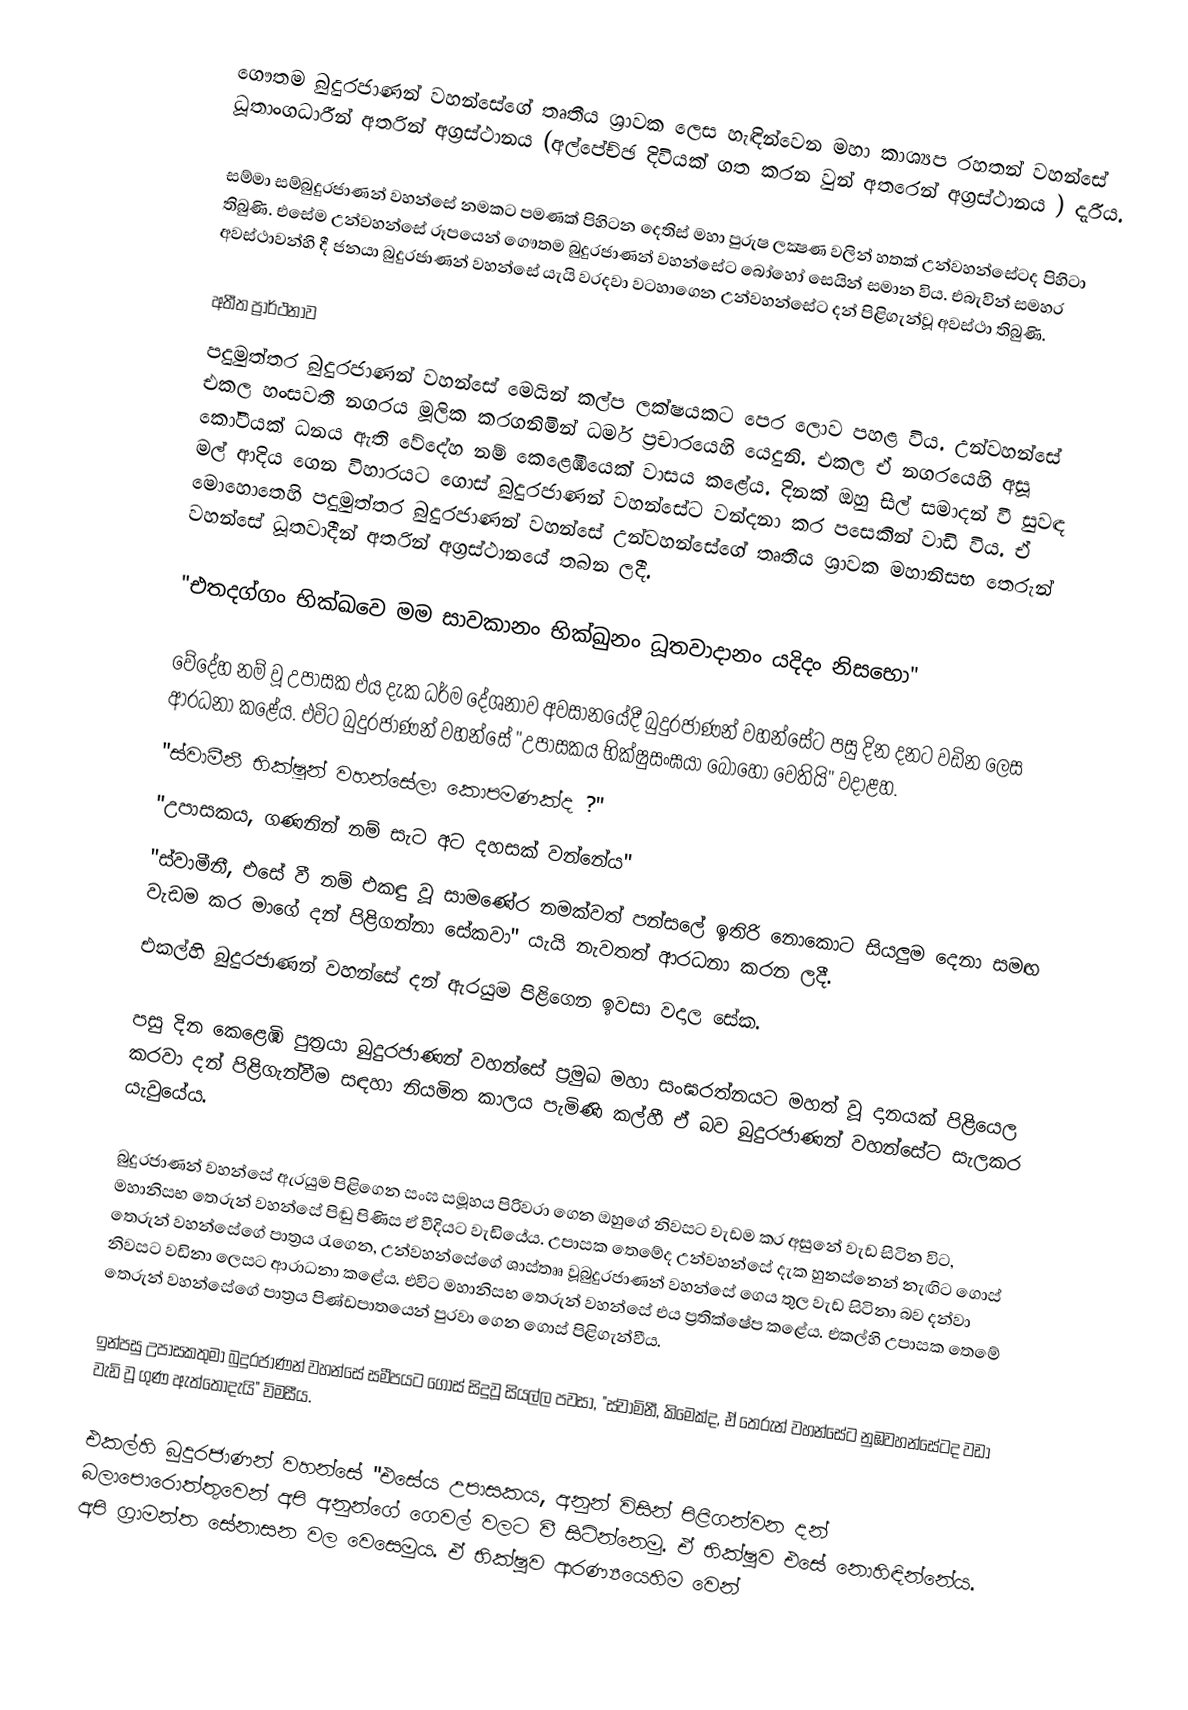
ගෞතම බුදුරජාණන් වහන්සේගේ තෘතීය ශ්‍රාවක ලෙස හැඳින්වෙන මහා කාශ්‍යප රහතන් වහන්සේ ධූතාංගධාරීන් අතරින් අග්‍රස්ථානය (අල්පේච්ඡ දිවියක් ගත කරන වුන් අතරෙන් අග්‍රස්ථානය ) දැරීය.

සම්මා සම්බුදුරජාණන් වහන්සේ නමකට පමණක් පිහිටන දෙතිස් මහා පුරුෂ ලක්‍ෂණ වලින් හතක් උන්වහන්සේටද පිහිටා තිබුණි. එසේම උන්වහන්සේ රූපයෙන් ගෞතම බුදුරජාණන් වහන්සේට බෝහෝ සෙයින් සමාන විය. එබැවින් සමහර අවස්ථාවන්හි දී ජනයා බුදුරජාණන් වහන්සේ යැයි වරදවා වටහාගෙන උන්වහන්සේට දන් පිළිගැන්වූ අවස්ථා තිබුණි.

අතීත ප්‍රාර්ථනාව
පදුමුත්තර බුදුරජාණන් වහන්සේ මෙයින් කල්ප ලක්ෂයකට පෙර ලොව පහළ විය. උන්වහන්සේ එකල හංසවතී නගරය මූලික කරගනිමින් ධර්ම ප්‍රචාරයෙහි යෙදුනි. එකල ඒ නගරයෙහි අසූ කෝටීයක් ධනය ඇති වේදේහ නම් කෙළෙඹියෙක් වාසය කළේය. දිනක් ඔහු සිල් සමාදන් වී සුවඳ මල් ආදිය ගෙන විහාරයට ගොස් බුදුරජාණන් වහන්සේට වන්දනා කර පසෙකින් වාඩි විය. ඒ මොහොතෙහි පදුමුත්තර බුදුරජාණන් වහන්සේ උන්වහන්සේගේ තෘතීය ශ්‍රාවක මහානිසභ තෙරුන් වහන්සේ ධූතවාදීන් අතරින් අග්‍රස්ථානයේ තබන ලදී.

"එතදග්ගං භික්ඛවෙ මම සාවකානං භික්ඛුනං ධූතවාදානං යදිදං නිසභො"

වේදේහ නම් වූ උපාසක එය දැක  ධර්ම දේශනාව අවසානයේදී බුදුරජාණන් වහන්සේට පසු දින දනට වඩින ලෙස ආරධනා කළේය. එවිට බුදුරජාණන් වහන්සේ "උපාසකය භික්ෂුසංඝයා බොහෝ වෙතියි" වදාළහ.
"ස්වාමීනී භික්ෂූන් වහන්සේලා කොපමණක්ද ?"
"උපාසකය, ගණනින් නම් සැට අට දහසක් වන්නේය"
"ස්වාමීනී, එසේ වී නම් එකඳු වූ සාමණේර නමක්වත් පන්සලේ ඉතිරි නොකොට සියලුම දෙනා සමඟ වැඩම කර මාගේ දන් පිළිගන්නා සේකවා" යැයි නැවතත් ආරධනා කරන ලදී.
එකල්හි බුදුරජාණන් වහන්සේ දන් ඇරයුම පිළිගෙන ඉවසා වදාල සේක.

පසු දින කෙළෙඹි පුත්‍රයා බුදුරජාණන් වහන්සේ ප්‍රමුඛ මහා සංඝරත්නයට මහත් වූ දානයක් පිළියෙල කරවා දන් පිළිගැන්වීම  සඳහා නියමිත කාලය පැමිණි කල්හී ඒ බව බුදුරජාණන් වහන්සේට සැලකර යැවුයේය.

බුදුරජාණන් වහන්සේ ඇරයුම පිළිගෙන සංඝ සමූහය පිරිවරා ගෙන ඔහුගේ නිවසට වැඩම කර අසුනේ වැඩ සිටින විට, මහානිසභ තෙරුන් වහන්සේ පිඬු පිණිස ඒ වීදියට වැඩියේය. උපාසක තෙමේද උන්වහන්සේ දැක හුනස්නෙන් නැඟිට ගොස් තෙරුන් වහන්සේගේ පාත්‍රය රැගෙන, උන්වහන්සේගේ ශාස්තෲ වූබුදුරජාණන් වහන්සේ ගෙය තුල වැඩ සිටිනා බව දන්වා නිවසට වඩිනා ලෙසට ආරාධනා කළේය. එවිට මහානිසභ තෙරුන් වහන්සේ එය ප්‍රතික්ෂේප කළේය. එකල්හි උපාසක තෙමේ තෙරුන් වහන්සේගේ පාත්‍රය  පිණ්ඩපාතයෙන්  පුරවා ගෙන ගොස් පිළිගැන්වීය.

ඉන්පසු උපාසකතුමා බුදුරජාණන් වහන්සේ සමීපයට ගොස් සිදුවූ සියල්ල පවසා, "ස්වාමිනී, කිමෙක්ද, ඒ තෙරුන් වහන්සේට නුඹවහන්සේටද වඩා වැඩි වූ ගුණ ඇත්තෝදැයි" විමසීය.

එකල්හි බුදුරජාණන් වහන්සේ "එසේය උපාසකය, අනුන් විසින් පිළිගන්වන දන් බලාපොරොත්තුවෙන් අපි අනුන්ගේ ගෙවල් වලට වී සිටින්නෙමු. ඒ භික්ෂුව එසේ නොහිඳින්නේය. අපි ග්‍රාමන්ත සේනාසන වල වෙසෙමුය. ඒ භික්ෂුව ආරණ්‍යයෙහිම වෙන්